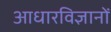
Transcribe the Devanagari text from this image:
आधारविज्ञानों